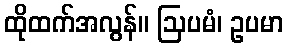
ထိုထက်အလွန်။ ဩပမံ၊ ဥပမာ